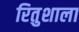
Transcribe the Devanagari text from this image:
रितुशाला